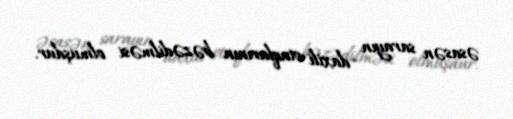
əsasən sarayın daxili otaqlarının bəzədilməsi olmuşdur.